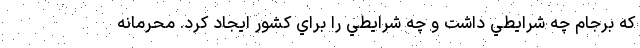
كه برجام چه شرايطي داشت و چه شرايطي را براي كشور ايجاد كرد. محرمانه